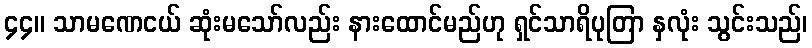
၄၄။ သာမဏေငယ် ဆုံးမသော်လည်း နားထောင်မည်ဟု ရှင်သာရိပုတြာ နှလုံး သွင်းသည်၊